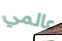
عالمي